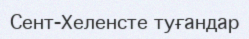
Сент-Хеленсте туғандар